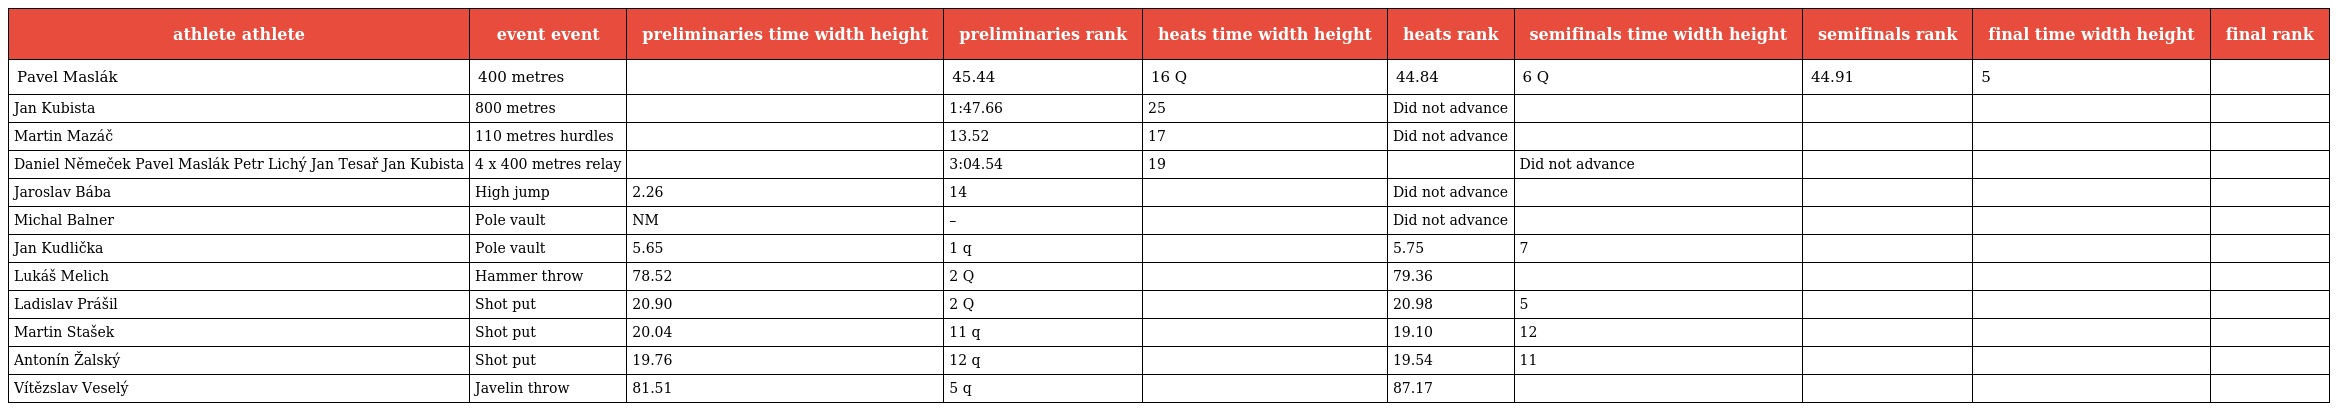
| athlete athlete | event event | preliminaries time width height | preliminaries rank | heats time width height | heats rank | semifinals time width height | semifinals rank | final time width height | final rank |
 | --- | --- | --- | --- | --- | --- | --- | --- | --- | --- |
 | Pavel Maslák | 400 metres |  | 45.44 | 16 Q | 44.84 | 6 Q | 44.91 | 5 |  |
 | Jan Kubista | 800 metres |  | 1:47.66 | 25 | Did not advance |  |  |  |  |
 | Martin Mazáč | 110 metres hurdles |  | 13.52 | 17 | Did not advance |  |  |  |  |
 | Daniel Němeček Pavel Maslák Petr Lichý Jan Tesař Jan Kubista | 4 x 400 metres relay |  | 3:04.54 | 19 |  | Did not advance |  |  |  |
 | Jaroslav Bába | High jump | 2.26 | 14 |  | Did not advance |  |  |  |  |
 | Michal Balner | Pole vault | NM | – |  | Did not advance |  |  |  |  |
 | Jan Kudlička | Pole vault | 5.65 | 1 q |  | 5.75 | 7 |  |  |  |
 | Lukáš Melich | Hammer throw | 78.52 | 2 Q |  | 79.36 |  |  |  |  |
 | Ladislav Prášil | Shot put | 20.90 | 2 Q |  | 20.98 | 5 |  |  |  |
 | Martin Stašek | Shot put | 20.04 | 11 q |  | 19.10 | 12 |  |  |  |
 | Antonín Žalský | Shot put | 19.76 | 12 q |  | 19.54 | 11 |  |  |  |
 | Vítězslav Veselý | Javelin throw | 81.51 | 5 q |  | 87.17 |  |  |  |  |